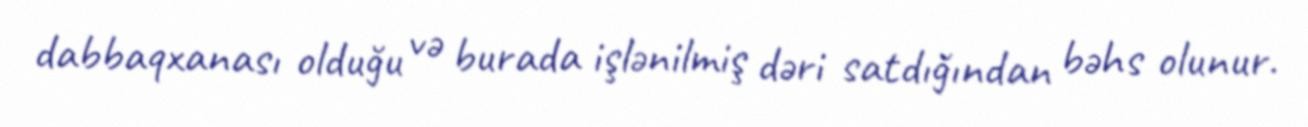
dabbaqxanası olduğu və burada işlənilmiş dəri satdığından bəhs olunur.